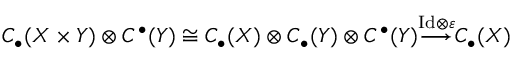
C _ { \bullet } ( X \times Y ) \otimes C ^ { \bullet } ( Y ) \cong C _ { \bullet } ( X ) \otimes C _ { \bullet } ( Y ) \otimes C ^ { \bullet } ( Y ) { \overset { \mathrm { I d } \otimes \varepsilon } { \longrightarrow } } C _ { \bullet } ( X )